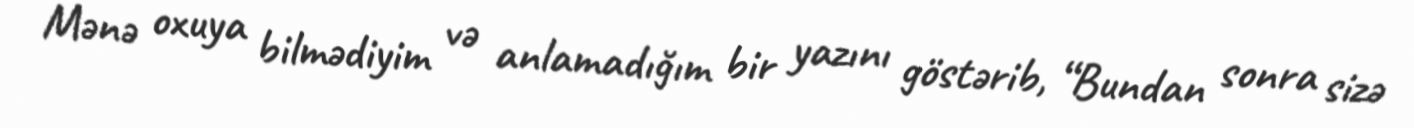
Mənə oxuya bilmədiyim və anlamadığım bir yazını göstərib, “Bundan sonra sizə